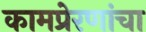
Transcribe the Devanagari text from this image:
कामप्रेरणांचा